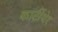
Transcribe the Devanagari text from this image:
कार्टीयेर